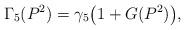
LaTeX: \begin{align*}\Gamma_5(P^2) =\gamma_5 \bigl( 1+G(P^2)\bigr), \end{align*}